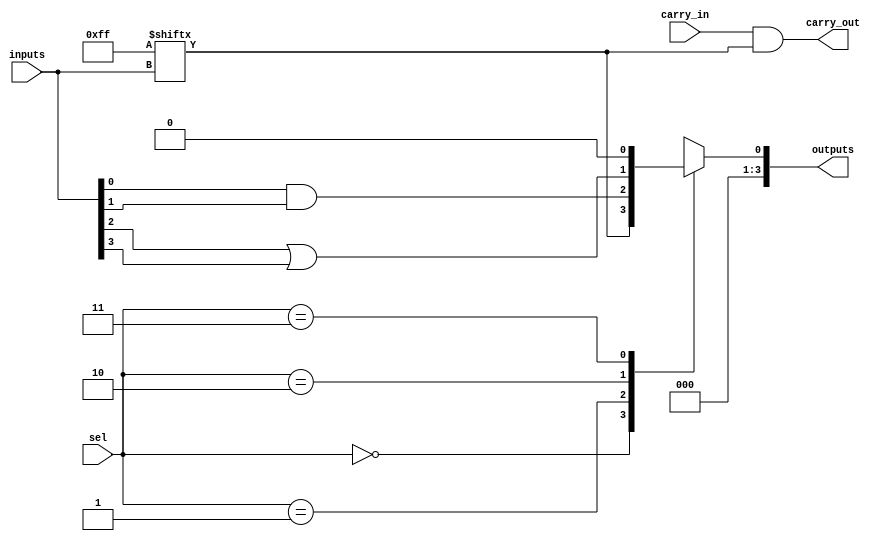
module CLB (
    input wire [3:0] inputs,        // 4-bit input vector
    input wire [1:0] sel,           // Selector for multiplexer
    input wire carry_in,            // Carry input for arithmetic operations
    output wire [3:0] outputs,      // 4-bit output vector
    output wire carry_out           // Carry output for arithmetic operations
);

// Configuration memory for LUT (example: LUT implementing a function)
reg [15:0] LUT; // 16 entries for 4-input LUT

// Assigning the LUT values (example function)
initial begin
    // Example: LUT representing function F(A,B,C,D) = A & B | C & D
    LUT = 16'b0000000011111111; // Truth table values
end

// LUT operation
wire lut_out;
assign lut_out = LUT[inputs]; // Accessing LUT based on input combination

// Additional logic gates (e.g., AND, OR, NOT)
wire and_out;
wire or_out;
assign and_out = inputs[0] & inputs[1]; // AND gate
assign or_out = inputs[2] | inputs[3];   // OR gate

// Multiplexer for flexible routing
reg mux_out;
always @(*) begin
    case(sel)
        2'b00: mux_out = lut_out;     // Route LUT output
        2'b01: mux_out = and_out;     // Route AND gate output
        2'b10: mux_out = or_out;      // Route OR gate output
        2'b11: mux_out = 1'b0;        // Default case
        default: mux_out = 1'b0;
    endcase
end

// Carry logic (simple addition example)
assign carry_out = carry_in & lut_out; // Carry output based on LUT output

// Final output assignment
assign outputs = {3'b0, mux_out}; // Assign the selected output to the output vector (4 bits)

endmodule